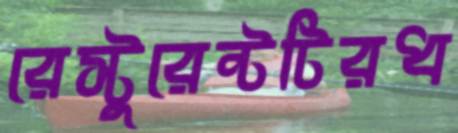
রেস্টুরেন্টটিরধ